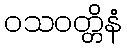
ဝသဝတ္တိနံ